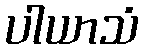
ပါယာသံ